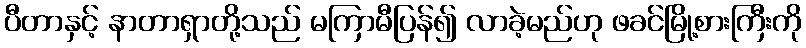
ပီတာနှင့် နာတာရှာတို့သည် မကြာမီပြန်၍ လာခဲ့မည်ဟု ဖခင်မြို့စားကြီးကို